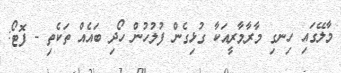
މާލޭގައި ހިނގި މާރާމާރީއަކާ ގުޅިގެން ފުލުހުން ހޯދި ބައެއް ތަކެތި - ފޮޓޯ: